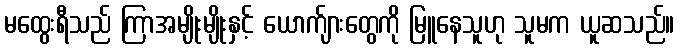
မထွေးရီသည် ကြာအမျိုးမျိုးနှင့် ယောက်ျားတွေကို မြူနေသူဟု သူမက ယူဆသည်။